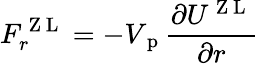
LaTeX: F_{r}^{\mathrm{~Z~L~}}=-V_{\mathrm{~p~}}\frac{\partial U^{\mathrm{~Z~L~}}}{\partial r}